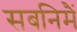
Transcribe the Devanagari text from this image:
सबनिमैं